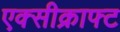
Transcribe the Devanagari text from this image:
एक्सीक्राफ्ट